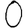
Digit: 0